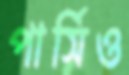
পার্সিও